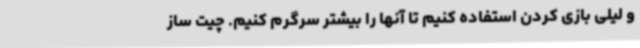
و لیلی بازی کردن استفاده کنیم تا آنها را بیشتر سرگرم کنیم. چیت ساز